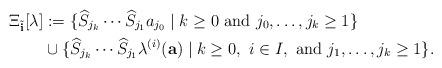
LaTeX: \begin{align*}\Xi_{\tilde{\bf i}} [\lambda] &:= \{\widehat{S}_{j_k} \cdots \widehat{S}_{j_1} a_{j_0} \mid k \ge 0\ {\rm and}\ j_0, \ldots, j_k \ge 1\}\\&\cup \{\widehat{S}_{j_k} \cdots \widehat{S}_{j_1} \lambda^{(i)} ({\bf a}) \mid k \ge 0,\ i \in I,\ {\rm and}\ j_1, \ldots, j_k \ge 1\}.\end{align*}